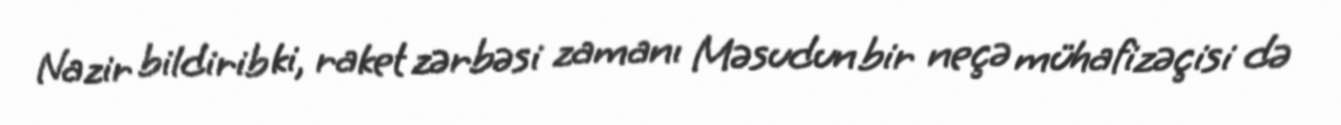
Nazir bildirib ki, raket zərbəsi zamanı Məsudun bir neçə mühafizəçisi də